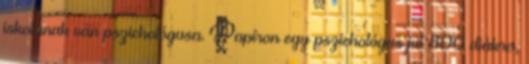
iskolának van pszichológusa. Papíron egy pszichológus jut 800 diákra,